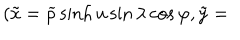
LaTeX: ( \tilde { x } = \widetilde { \rho } \sinh u \sin \lambda \cos \varphi , \tilde { y } =